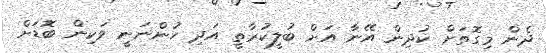
ދެން މިގޮތަށް ކުދިން އޭނާ އަށް ބުލީކުރާތީ އަދި ހުންނަނީ ވަކިން ބޮޑަށް